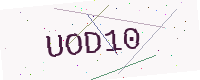
Text: UOD10